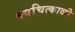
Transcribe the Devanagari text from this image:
क्वचित्काळी